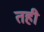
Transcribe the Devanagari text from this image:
तही